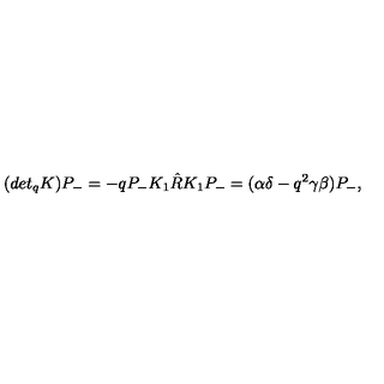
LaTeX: ( d e t _ { q } K ) P _ { - } = - q P _ { - } K _ { 1 } \hat { R } K _ { 1 } P _ { - } = ( \alpha \delta - q ^ { 2 } \gamma \beta ) P _ { - } ,